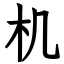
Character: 机